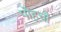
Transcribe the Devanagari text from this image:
पोंहचौ